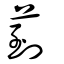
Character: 菿